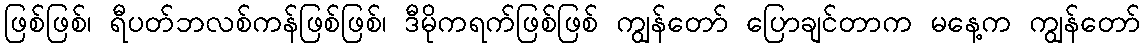
ဖြစ်ဖြစ်၊ ရီပတ်ဘလစ်ကန်ဖြစ်ဖြစ်၊ ဒီမိုကရက်ဖြစ်ဖြစ် ကျွန်တော် ပြောချင်တာက မနေ့က ကျွန်တော်